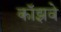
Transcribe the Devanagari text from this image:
कॉझवे